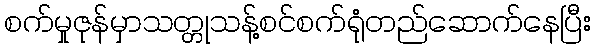
စက်မှုဇုန်မှာသတ္တုသန့်စင်စက်ရုံတည်ဆောက်နေပြီး